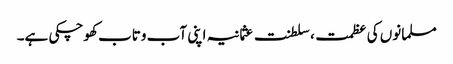
مسلمانوں کی عظمت، سلطنت عثمانیہ اپنی آب وتاب کھوچکی ہے۔